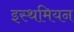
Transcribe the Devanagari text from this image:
इस्थमियन